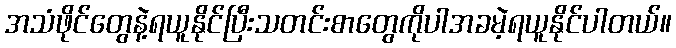
အသံဖိုင်တွေနဲ့ရယူနိုင်ပြီးသတင်းစာတွေကိုပါအခမဲ့ရယူနိုင်ပါတယ်။